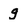
Character: g